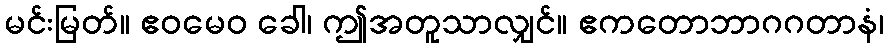
မင်းမြတ်။ ဧဝမေဝ ခေါ၊ ဤအတူသာလျှင်။ ဧကတောဘာဂဂတာနံ၊